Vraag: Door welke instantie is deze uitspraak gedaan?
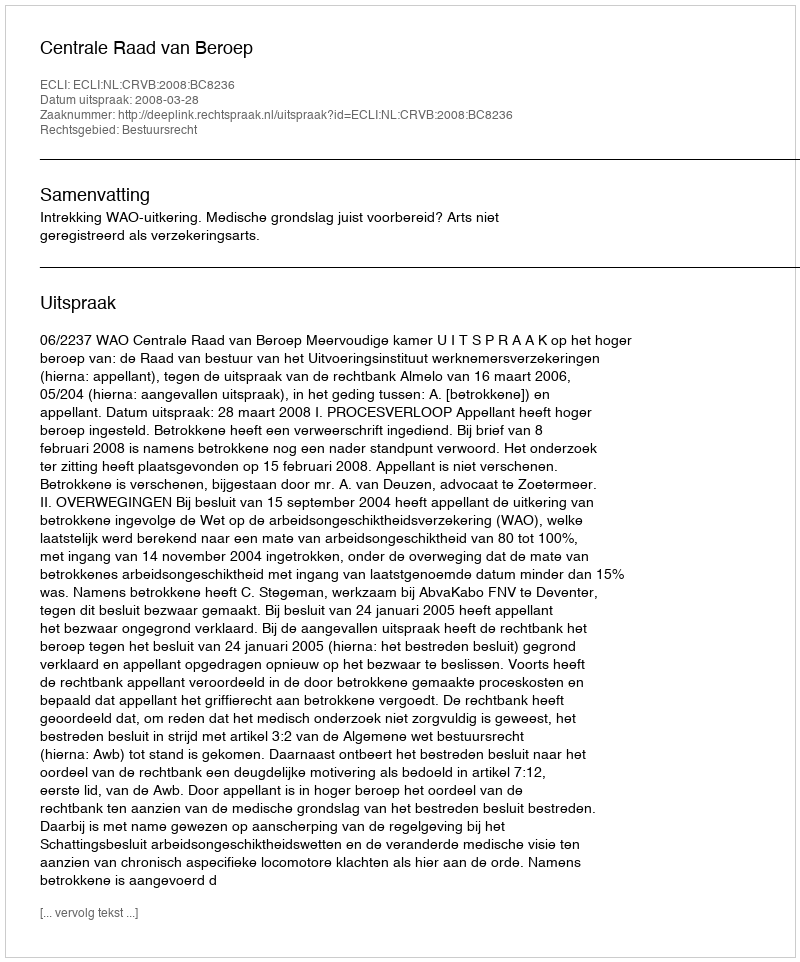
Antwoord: Centrale Raad van Beroep